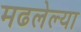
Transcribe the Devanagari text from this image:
मढलेल्या